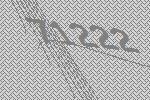
71222